[Report on the health of British troops in the Madras command]
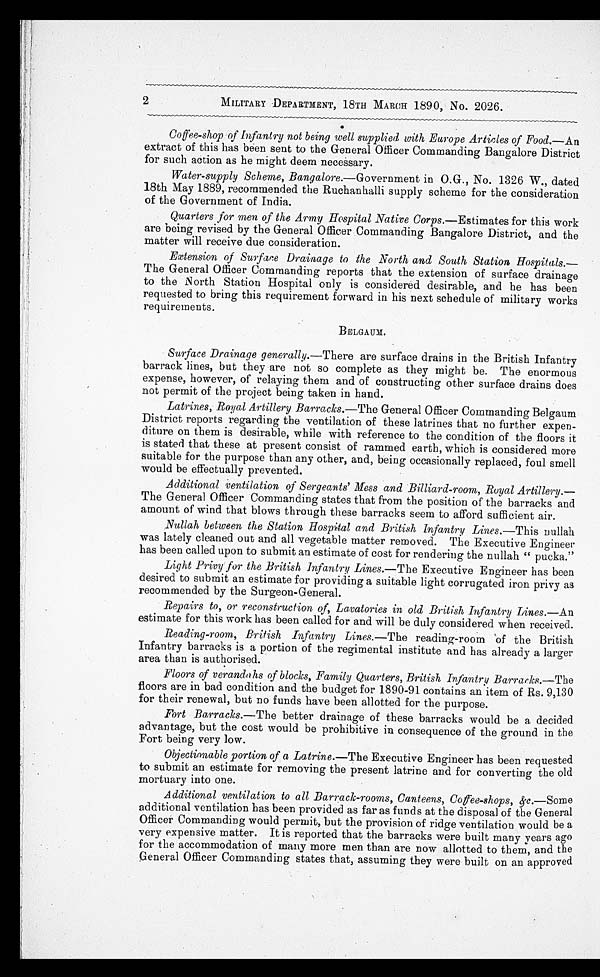
2
MILITARY DEPARTMENT, 18TH MARCH 1890, No. 2026.
Coffee-shop of Infantry not being well supplied with Europe Articles of Food.— An
extract of this has been sent to the General Officer Commanding Bangalore District
for such action as he might deem necessary.
Water-supply Scheme, Bangalore .—Government in O.G., No. 1326 W., dated
18th May 1889, recommended the Ruchanhalli supply scheme for the consideration
of the Government of India.
Quarters for men of the Army Hospital Native Corps .—Estimates for this work
are being revised by the General Officer Commanding Bangalore District, and the
matter will receive due consideration.
Extension of Surface Drainage to the North and South Station Hospitals.—
The General Officer Commanding reports that the extension of surface drainage
to the North Station Hospital only is considered desirable, and he has been
requested to bring this requirement forward in his next schedule of military works
requirements.
BELGAUM.
Surface Drainage generally.—There are surface drains in the British Infantry
barrack lines, but they are not so complete as they might be. The enormous
expense, however, of relaying them and of constructing other surface drains does
not permit of the project being taken in hand.
Latrines, Royal Artillery Barracks.— The General Officer Commanding Belgaum
District reports regarding the ventilation of these latrines that no further expen
-diture on them is desirable, while with reference to the condition of the floors it
is stated that these at present consist of rammed earth, which is considered more
suitable for the purpose than any other, and, being occasionally replaced, foul smell
would be effectually prevented.
Additional ventilation of Sergeants' Mess and Billiard-room, Royal Artillery.—
The General Officer Commanding states that from the position of the barracks and
amount of wind that blows through these barracks seem to afford sufficient air.
Nullah between the Station Hospital and British Infantry Lines.— This nullah
was lately cleaned out and all vegetable matter removed. The Executive Engineer
has been called upon to submit an estimate of cost for rendering the nullah "pucka."
Light Privy for the British Infantry Lines.— The Executive Engineer has been
desired to submit an estimate for providing a suitable light corrugated iron privy as
recommended by the Surgeon-General.
Repairs to, or reconstruction of, Lavatories in old British Infantry Lines.— An
estimate for this work has been called for and will be duly considered when received.
Reading-room, British Infantry Lines.— The reading-room of the British
Infantry barracks is a portion of the regimental institute and has already a larger
area than is authorised.
Floors of verandahs of blocks, Family Quarters, British Infantry Barracks.— The
floors are in bad condition and the budget for 1890-91 contains an item of Rs. 9,130
for their renewal, but no funds have been allotted for the purpose.
Fort Barracks.—The better drainage of these barracks would be a decided
advantage, but the cost would be prohibitive in consequence of the ground in the
Fort being very low.
Objectionable portion of a Latrine.—The Executive Engineer has been requested
to submit an estimate for removing the present latrine and for converting the old
mortuary into one.
Additional ventilation to all Barrack-rooms, Canteens, Coffee-shops, &c.— Some
additional ventilation has been provided as far as funds at the disposal of the General
Officer Commanding would permit, but the provision of ridge ventilation would be a
very expensive matter. It is reported that the barracks were built many years ago
for the accommodation of many more men than are now allotted to them, and the
General Officer Commanding states that, assuming they were built on an approved